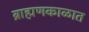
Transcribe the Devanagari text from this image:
ब्राह्मणकाळात